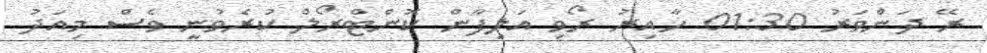
ރޭ ދަންވަރު 01:30 ހާއިރު ރޯވި އަލިފާން ކޮންޓްރޯލް ކުރެވުނީ ވެސް މިއަދު